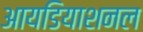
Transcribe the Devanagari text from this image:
आयडियाशनल